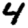
Digit: 4